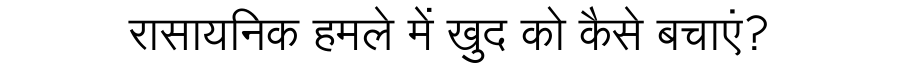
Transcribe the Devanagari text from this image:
रासायनिक हमले में खुद को कैसे बचाएं?